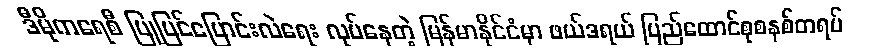
ဒီမိုကရေစီ ပြုပြင်ပြောင်းလဲရေး လုပ်နေတဲ့ မြန်မာနိုင်ငံမှာ ဖယ်ဒရယ် ပြည်ထောင်စုစနစ်တရပ်